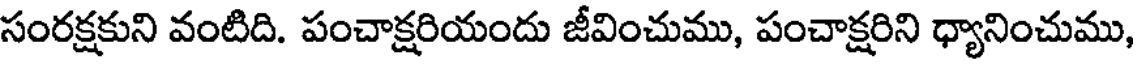
సంరక్షకుని వంటిది. పంచాక్షరియందు జీవించుము, పంచాక్షరిని ధ్యానించుము,